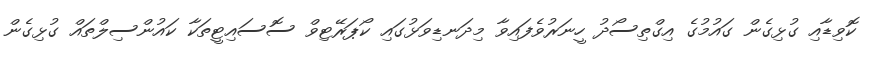
ކޮވިޑާއި ގުޅިގެން ގައުމުގެ އިގްތިސޯދު ހީނަރުވެފައިވާ މިދަނޑިވަޅުގައި ކޯޕަރޭޓިވް ސޮސައިޓީތަކާ ކައުންސިލްތައް ގުޅިގެން